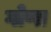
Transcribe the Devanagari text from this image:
गोणा